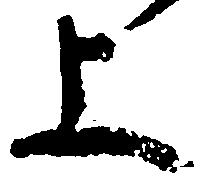
上